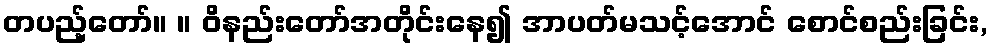
တပည့်တော်။ ။ ဝိနည်းတော်အတိုင်းနေ၍ အာပတ်မသင့်အောင် စောင်စည်းခြင်း,